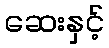
ဆေးနှင့်